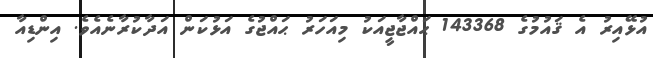
އުޅޭއިރު އެ ޤައުމުގެ 143368 ޙައްޖާޖީއަކު މިއަހަރު ޙައްޖުގެ އަޅުކަން އަދާކުރާނެއެވެ. އިންޑިއާ